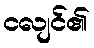
ငလျင်၏